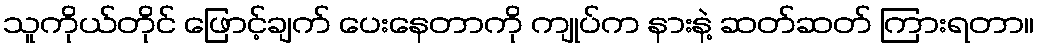
သူကိုယ်တိုင် ဖြောင့်ချက် ပေးနေတာကို ကျုပ်က နားနဲ့ ဆတ်ဆတ် ကြားရတာ။